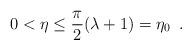
LaTeX: \begin{align*}0<\eta \leq \frac{\pi }{2}(\lambda +1)=\eta _{0}\, \, \, .\end{align*}